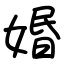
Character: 㛰